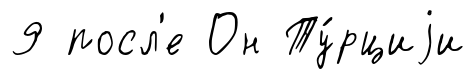
9 посл'е Он Ту́рциjи